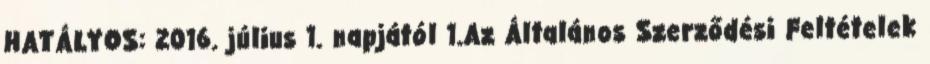
HATÁLYOS: 2016. július 1. napjától 1.Az Általános Szerződési Feltételek